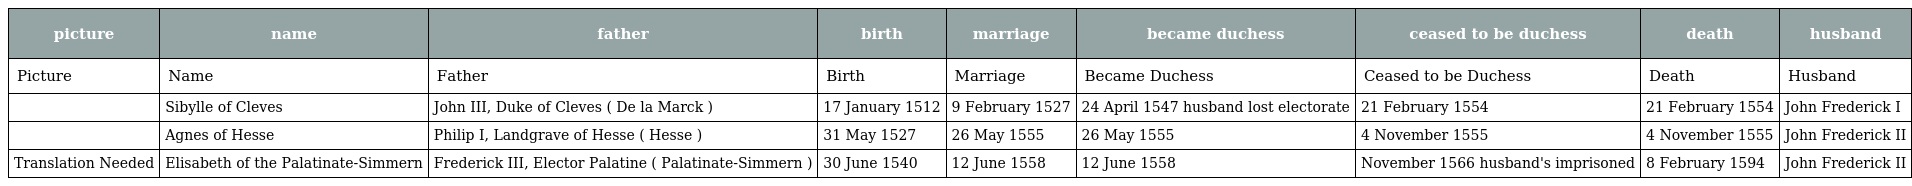
| picture | name | father | birth | marriage | became duchess | ceased to be duchess | death | husband |
 | --- | --- | --- | --- | --- | --- | --- | --- | --- |
 | Picture | Name | Father | Birth | Marriage | Became Duchess | Ceased to be Duchess | Death | Husband |
 |  | Sibylle of Cleves | John III, Duke of Cleves ( De la Marck ) | 17 January 1512 | 9 February 1527 | 24 April 1547 husband lost electorate | 21 February 1554 | 21 February 1554 | John Frederick I |
 |  | Agnes of Hesse | Philip I, Landgrave of Hesse ( Hesse ) | 31 May 1527 | 26 May 1555 | 26 May 1555 | 4 November 1555 | 4 November 1555 | John Frederick II |
 | Translation Needed | Elisabeth of the Palatinate-Simmern | Frederick III, Elector Palatine ( Palatinate-Simmern ) | 30 June 1540 | 12 June 1558 | 12 June 1558 | November 1566 husband's imprisoned | 8 February 1594 | John Frederick II |